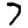
Digit: 7